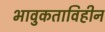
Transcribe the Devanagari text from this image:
भावुकताविहीन